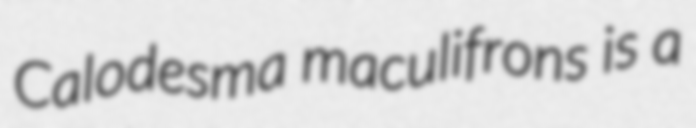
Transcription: Calodesma maculifrons is a